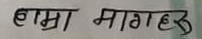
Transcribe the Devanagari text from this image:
हाम्रा मागरु